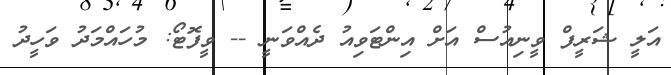
އަލީ ޝަރީފް ވީނިއުސް އަށް އިންޓަވިއު ދެއްވަނީ -- ވީފޮޓޯ: މުހައްމަދު ވަހީދު